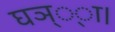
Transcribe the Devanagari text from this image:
घञ््‌ा।